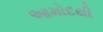
આમોદથી